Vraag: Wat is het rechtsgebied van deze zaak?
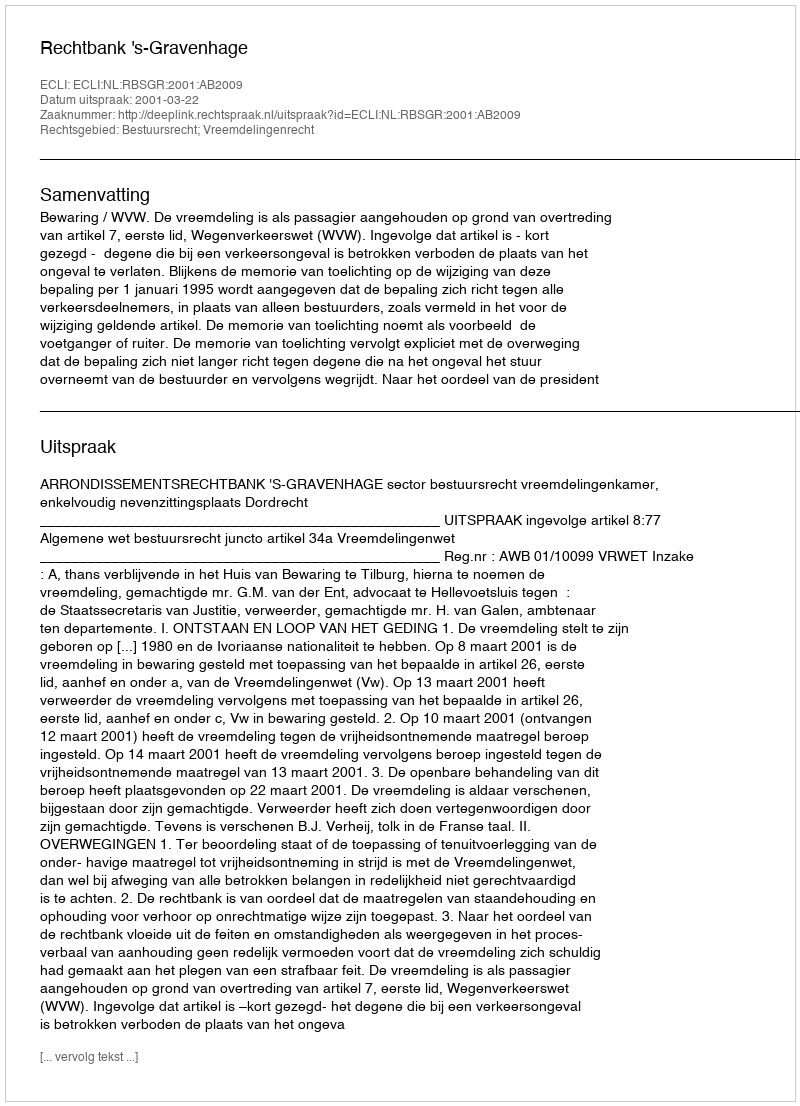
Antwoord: Bestuursrecht; Vreemdelingenrecht